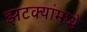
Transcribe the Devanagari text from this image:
झटक्यांमध्ये